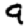
Digit: 9